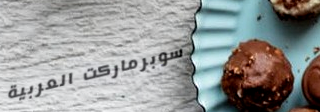
سوبرماركت العربية